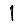
Digit: 1